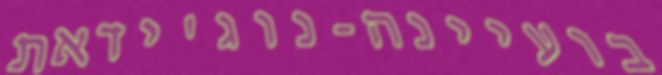
בועיינה-נוג'ידאת